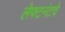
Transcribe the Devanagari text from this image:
लेफ्टनंटचे